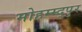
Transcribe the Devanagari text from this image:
मोहम्म्द्पुर